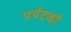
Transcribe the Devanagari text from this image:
पर्यटकौं